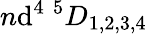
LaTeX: n\mathrm{d}^{4}~{}^{5}D_{1,2,3,4}